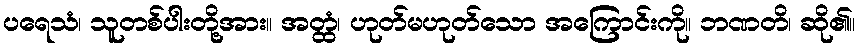
ပရေသံ၊ သူတစ်ပါးတို့အား။ အတ္ထံ၊ ဟုတ်မဟုတ်သော အကြောင်းကို။ ဘဏတိ၊ ဆို၏။